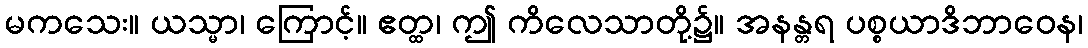
မကသေး။ ယသ္မာ၊ ကြောင့်။ ဧတ္ထ၊ ဤ ကိလေသာတို့၌။ အနန္တရ ပစ္စယာဒိဘာဝေန၊